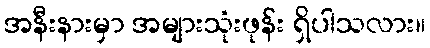
အနီးနားမှာ အများသုံးဖုန်း ရှိပါသလား။